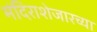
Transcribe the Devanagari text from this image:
मंदिराशेजारच्या